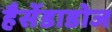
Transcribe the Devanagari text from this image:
हैसेंडाडोज